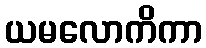
ယမလောကိကာ